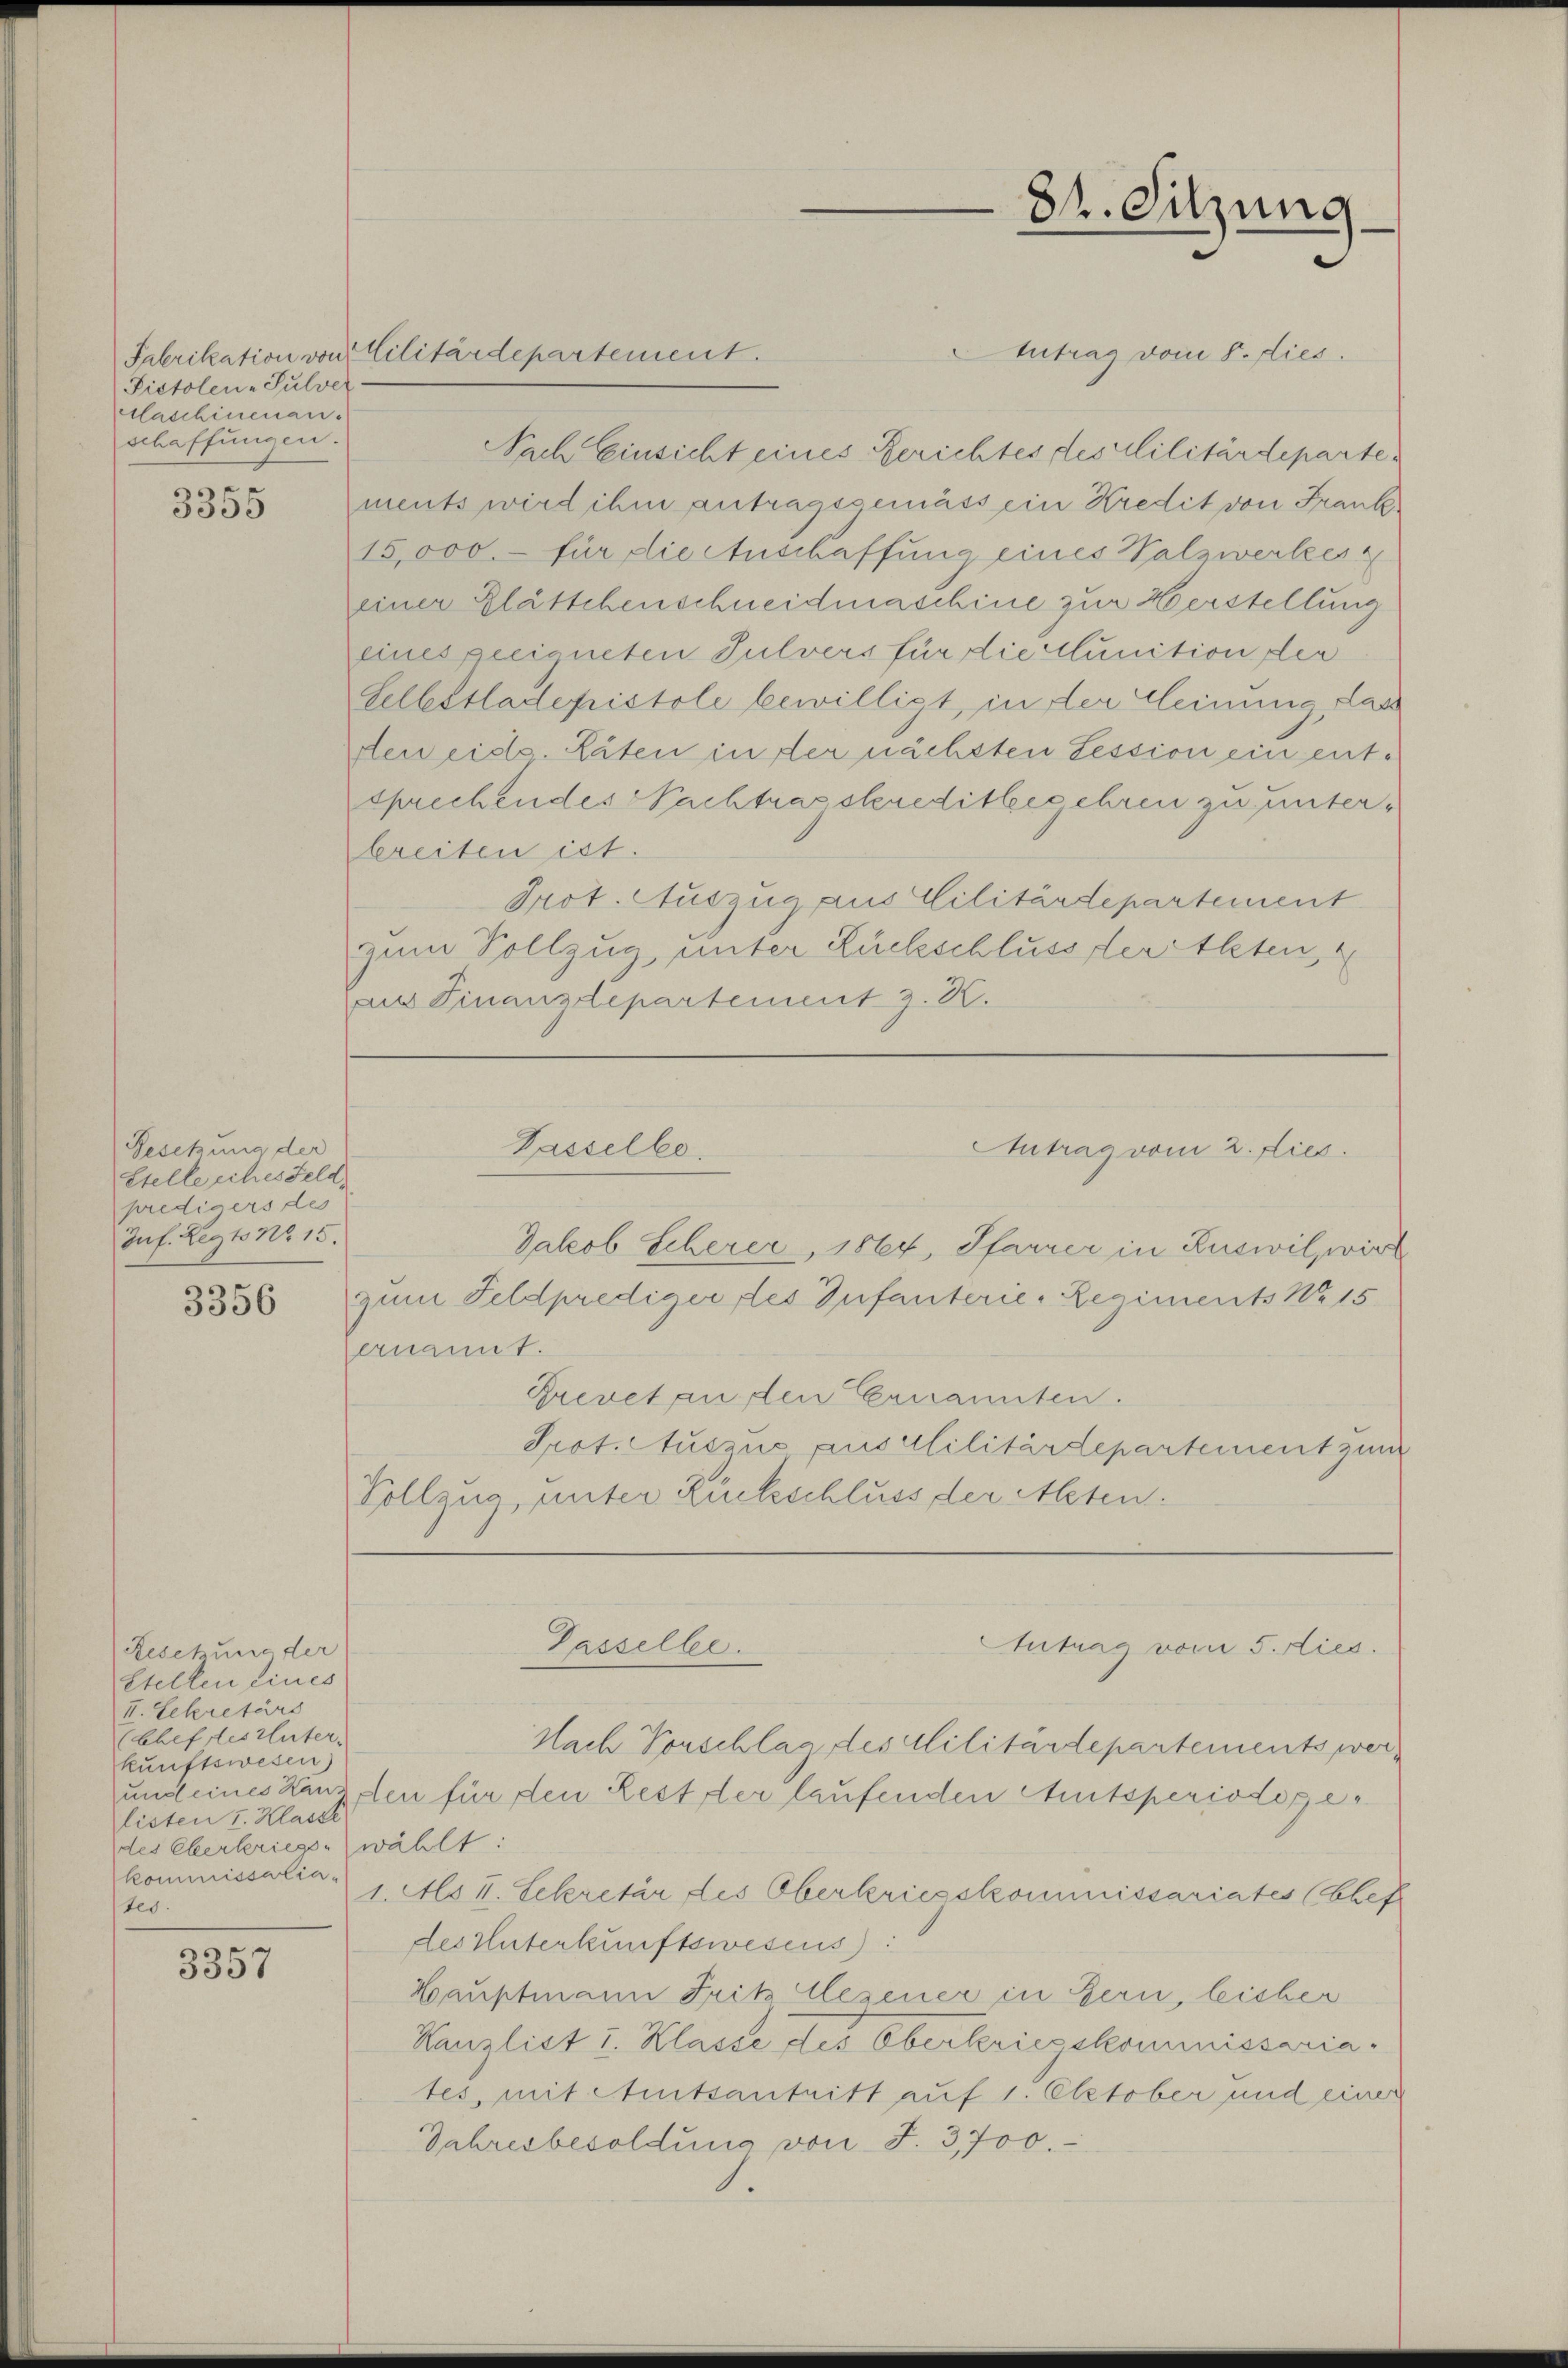
Pistolen-Julver.
Maschinenanschaffungen.

3355

Gesetzung der
Stelle sches Feld
predigers de
Zuf. Legto No 15.

3356

Reschung der
Stellen eines
II. Sekretärs
(Chef des Unter-
kunftswesen)
listen I. Klasse
des Oberkriegswählt:
kommissaliaster.

ge
5307

Antrag vom 8. dies
Fabrikation von Militärdepartement.
Nach Einsicht eines Gerichtes des Militärdepartements wird ihm antragsgemäss ein Kredit von Frank
15,000.- für die Anschaffung eines Walzwerkes
einer Glättchenschneidmaschine zur Verstellung
eines geeigneten Julvers für die Munition der
Selbstladepistole bewilligt, in der Meinung, das
den eidg. Räten in der nächsten Session ein entsprechendes Nachtragskreditbegehren zu unterbreiten ist.
Prot. Auszug aus Militärdepartement
zum Vollzug, unter Rückschluss der Alten,
au Finanzdepartement z. K.

82. Sitzung

Passelbe.
Antrag vom 2. Dies

Jakob Scherer, 1864, Pfarrer in Ruswilpwirt
zum Feldprediger des Infanterie-Regiments No 15
ernannt.
Brevet an den Ernannten.
Prot. Auszuo aus Militärdepartement zun
Vollzug, unter Rückschluss der Alten.

Nach Vorschlag des Militärdepartements wer¬
und eines Kanz den für den Rester laufenden Amtsperiodoxe¬
1. Als I. Sekretär des Oberkriegskommissariates (Chef
des Unterkunftswesens:
Hauptmann Fritz lesener in Bern, leisber
Kanzlist u. Klasse des Oberkriegskommnissariates, mit Amtsantritt auf 1. Oktober und einer
Jahresbesoldung von F. 3,700.

Tasselbe.
Antrag vom 5. Nies